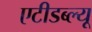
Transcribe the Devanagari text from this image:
एटीडब्ल्यू